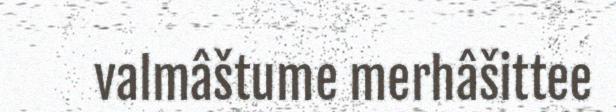
valmâštume merhâšittee